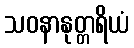
သဝနာနုတ္တရိယံ